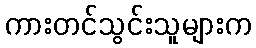
ကားတင်သွင်းသူများက